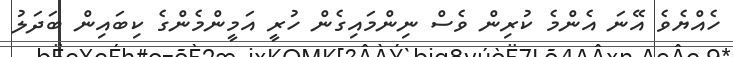
ހެއްޔެވެ އޭނަ އެންމެ ކުރިން ވެސް ނިންމައިގެން ހުރީ އަމީންމެންގެ ކިބައިން ބަދަލު